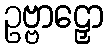
ဥဗ္ဗာဠှော